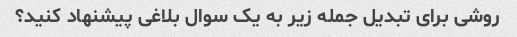
روشی برای تبدیل جمله زیر به یک سوال بلاغی پیشنهاد کنید؟